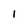
Character: 1